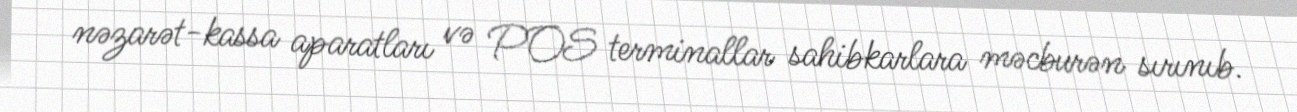
nəzarət-kassa aparatları və POS terminallar sahibkarlara məcburən sırınıb.